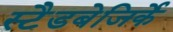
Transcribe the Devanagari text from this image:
स्टैडबेजिर्के